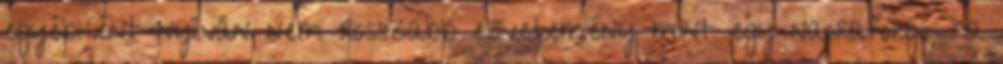
egyébként nyílván nem rosszabb elővetemény mint egy napraforgó, ha